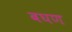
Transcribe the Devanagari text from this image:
बघण